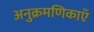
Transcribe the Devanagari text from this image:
अनुक्रमणिकाएँ